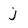
Character: j